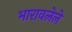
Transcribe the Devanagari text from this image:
भारावलेले